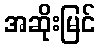
အဆိုးမြင်